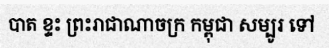
បាត ខ្ទះ ព្រះរាជាណាចក្រ កម្ពុជា សម្បូរ ទៅ